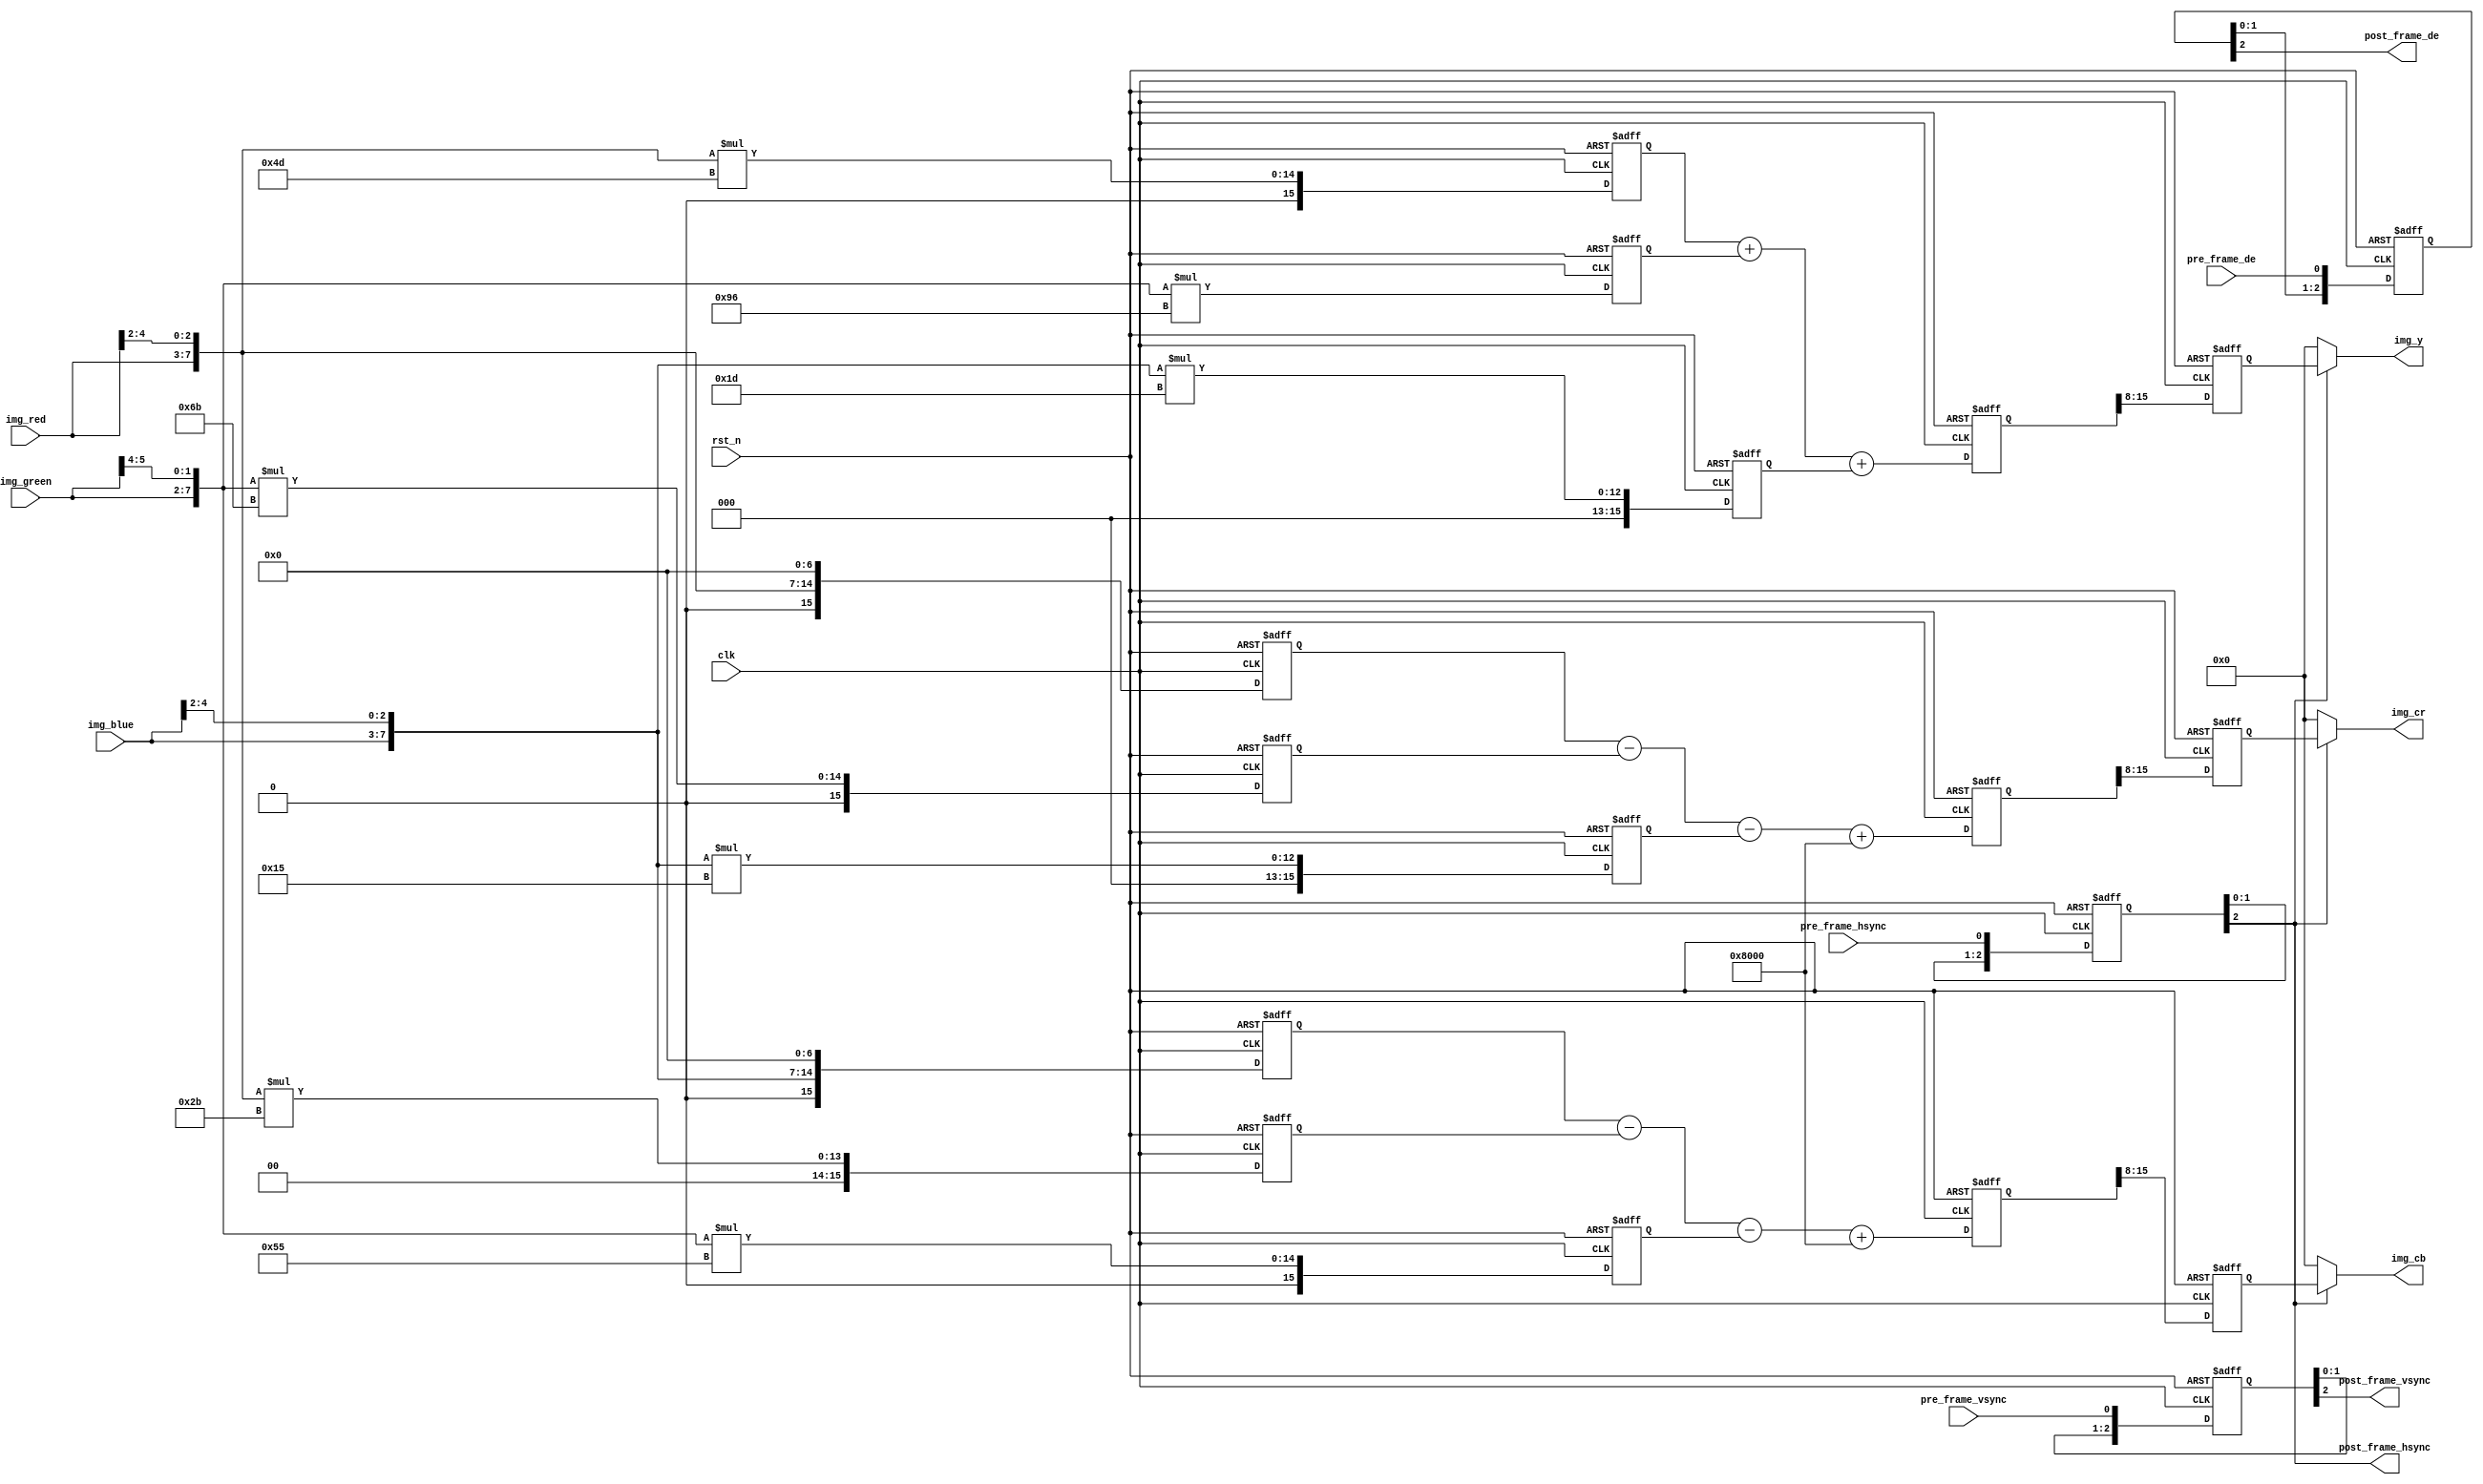
`timescale 1ns / 1ps
//////////////////////////////////////////////////////////////////////////////////
// Company: 
// Engineer: 
// 
// Design Name: 
// Module Name: rgb2ycbcr
// Project Name: 
// Target Devices: 
// Tool Versions: 
// Description: 
// 
// Dependencies: 
// 
// Revision:
// Revision 0.01 - File Created
// Additional Comments:
// 
//////////////////////////////////////////////////////////////////////////////////


module rgb2ycbcr
(
    //module clock
    input               clk             ,   // 
    input               rst_n           ,   // 

    //
    input               pre_frame_vsync ,   // vsync
    input               pre_frame_hsync ,   // hsync
    input               pre_frame_de    ,   // data enable
    input       [4:0]   img_red         ,   // R
    input       [5:0]   img_green       ,   // G
    input       [4:0]   img_blue        ,   // B

    //
    output              post_frame_vsync,   // vsync
    output              post_frame_hsync,   // hsync
    output              post_frame_de   ,   // data enable
    output      [7:0]    /*synthesis keep*/img_y          /*synthesis keep*/,   // Y
    output      [7:0]   img_cb          ,   // Cb
    output      [7:0]   img_cr              // Cr
);

//reg define
reg  [15:0]   rgb_r_m0, rgb_r_m1, rgb_r_m2;
reg  [15:0]   rgb_g_m0, rgb_g_m1, rgb_g_m2;
reg  [15:0]   rgb_b_m0, rgb_b_m1, rgb_b_m2;
reg  [15:0]   img_y0 ;
reg  [15:0]   img_cb0;
reg  [15:0]   img_cr0;
reg  [ 7:0]   img_y1 ;
reg  [ 7:0]   img_cb1;
reg  [ 7:0]   img_cr1;
reg  [ 2:0]   pre_frame_vsync_d;
reg  [ 2:0]   pre_frame_hsync_d;
reg  [ 2:0]   pre_frame_de_d   ;

//wire define
wire [ 7:0]   rgb888_r;
wire [ 7:0]   rgb888_g;
wire [ 7:0]   rgb888_b;

//*****************************************************
//**                    main code
//*****************************************************

//RGB565 to RGB 888
assign rgb888_r         = {img_red  , img_red[4:2]  };
assign rgb888_g         = {img_green, img_green[5:4]};
assign rgb888_b         = {img_blue , img_blue[4:2] };
//
assign post_frame_vsync = pre_frame_vsync_d[2]      ;
assign post_frame_hsync = pre_frame_hsync_d[2]      ;
assign post_frame_de    = pre_frame_de_d[2]         ;
assign img_y            = post_frame_hsync ? img_y1 : 8'd0;
assign img_cb           = post_frame_hsync ? img_cb1: 8'd0;
assign img_cr           = post_frame_hsync ? img_cr1: 8'd0;

//--------------------------------------------
//RGB 888 to YCbCr

/********************************************************
            RGB888 to YCbCr
 Y  = 0.299R +0.587G + 0.114B
 Cb = 0.568(B-Y) + 128 = -0.172R-0.339G + 0.511B + 128
 CR = 0.713(R-Y) + 128 = 0.511R-0.428G -0.083B + 128

 Y  = (77 *R    +    150*G    +    29 *B)>>8
 Cb = (-43*R    -    85 *G    +    128*B)>>8 + 128
 Cr = (128*R    -    107*G    -    21 *B)>>8 + 128

 Y  = (77 *R    +    150*G    +    29 *B        )>>8
 Cb = (-43*R    -    85 *G    +    128*B + 32768)>>8
 Cr = (128*R    -    107*G    -    21 *B + 32768)>>8
*********************************************************/

//step1 pipeline mult
always @(posedge clk or negedge rst_n) begin
    if(!rst_n) begin
        rgb_r_m0 <= 16'd0;
        rgb_r_m1 <= 16'd0;
        rgb_r_m2 <= 16'd0;
        rgb_g_m0 <= 16'd0;
        rgb_g_m1 <= 16'd0;
        rgb_g_m2 <= 16'd0;
        rgb_b_m0 <= 16'd0;
        rgb_b_m1 <= 16'd0;
        rgb_b_m2 <= 16'd0;
    end
    else begin
        rgb_r_m0 <= rgb888_r * 8'd77 ;
        rgb_r_m1 <= rgb888_r * 8'd43 ;
        rgb_r_m2 <= rgb888_r << 3'd7 ;
        rgb_g_m0 <= rgb888_g * 8'd150;
        rgb_g_m1 <= rgb888_g * 8'd85 ;
        rgb_g_m2 <= rgb888_g * 8'd107;
        rgb_b_m0 <= rgb888_b * 8'd29 ;
        rgb_b_m1 <= rgb888_b << 3'd7 ;
        rgb_b_m2 <= rgb888_b * 8'd21 ;
    end
end

//step2 pipeline add
always @(posedge clk or negedge rst_n) begin
    if(!rst_n) begin
        img_y0  <= 16'd0;
        img_cb0 <= 16'd0;
        img_cr0 <= 16'd0;
    end
    else begin
        img_y0  <= rgb_r_m0 + rgb_g_m0 + rgb_b_m0;
        img_cb0 <= rgb_b_m1 - rgb_r_m1 - rgb_g_m1 + 16'd32768;
        img_cr0 <= rgb_r_m2 - rgb_g_m2 - rgb_b_m2 + 16'd32768;
    end

end

//step3 pipeline div
always @(posedge clk or negedge rst_n) begin
    if(!rst_n) begin
        img_y1  <= 8'd0;
        img_cb1 <= 8'd0;
        img_cr1 <= 8'd0;
    end
    else begin
        img_y1  <= img_y0 [15:8];
        img_cb1 <= img_cb0[15:8];
        img_cr1 <= img_cr0[15:8];
    end
end

//3
always@(posedge clk or negedge rst_n) begin
    if(!rst_n) begin
        pre_frame_vsync_d <= 3'd0;
        pre_frame_hsync_d <= 3'd0;
        pre_frame_de_d    <= 3'd0;
    end
    else begin
        pre_frame_vsync_d <= {pre_frame_vsync_d[1:0], pre_frame_vsync};
        pre_frame_hsync_d <= {pre_frame_hsync_d[1:0], pre_frame_hsync};
        pre_frame_de_d    <= {pre_frame_de_d[1:0]   , pre_frame_de   };
    end
end

endmodule